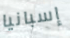
إسبانيا